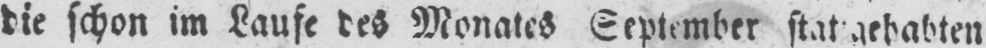
die schon im Laufe des Monates September stat gehabten